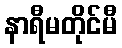
နာရီမတိုင်မီ